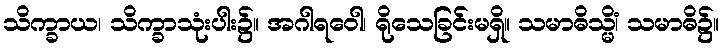
သိက္ခာယ၊ သိက္ခာသုံးပါး၌။ အဂါရဝေါ၊ ရိုသေခြင်းမရှိ။ သမာဓိသ္မိံ၊ သမာဓိ၌။